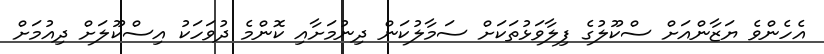
އެހެންވެ ޔަޒާންއަށް ސްކޫލުގެ ފިލާވަޅުތަކަށް ސަމާލުކަން ދިނުމަށާއި ކޮންމެ ދުވަހަކު އިސްކޫލަށް ދިއުމަށް